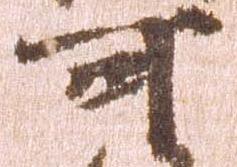
可